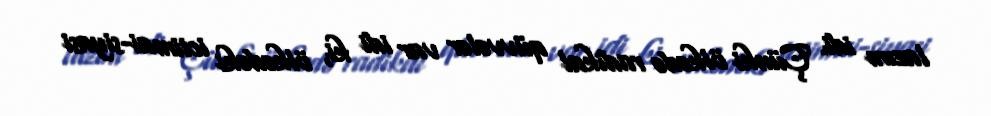
lazım idi. Çünki ölkədə radikal qüvvələr var idi ki, ölkədəki ictimai-siyasi